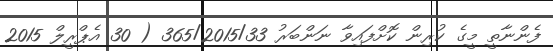
ފެންނާތީ މީގެ ކުރިން ކޮށްފައިވާ ނަންބަރު 365/2015/33 ( 30 އެޕްރީލް 2015